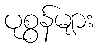
ပုစွန်များ